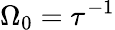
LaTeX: \Omega_{0}=\tau^{-1}